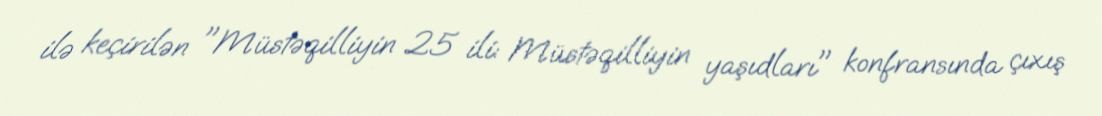
ilə keçirilən "Müstəqilliyin 25 ili: Müstəqilliyin yaşıdları" konfransında çıxış